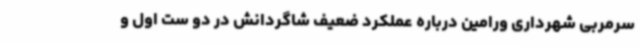
سرمربی شهرداری ورامین درباره عملکرد ضعیف شاگردانش در دو ست اول و